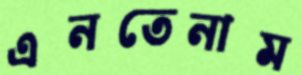
এনতেনাম